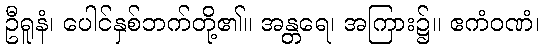
ဦရူနံ၊ ပေါင်နှစ်ဘက်တို့၏။ အန္တရေ၊ အကြား၌။ ဧကံဝဏံ၊